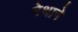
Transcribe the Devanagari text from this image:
मेथाने